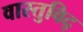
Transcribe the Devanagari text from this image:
वास्‍तुविद्